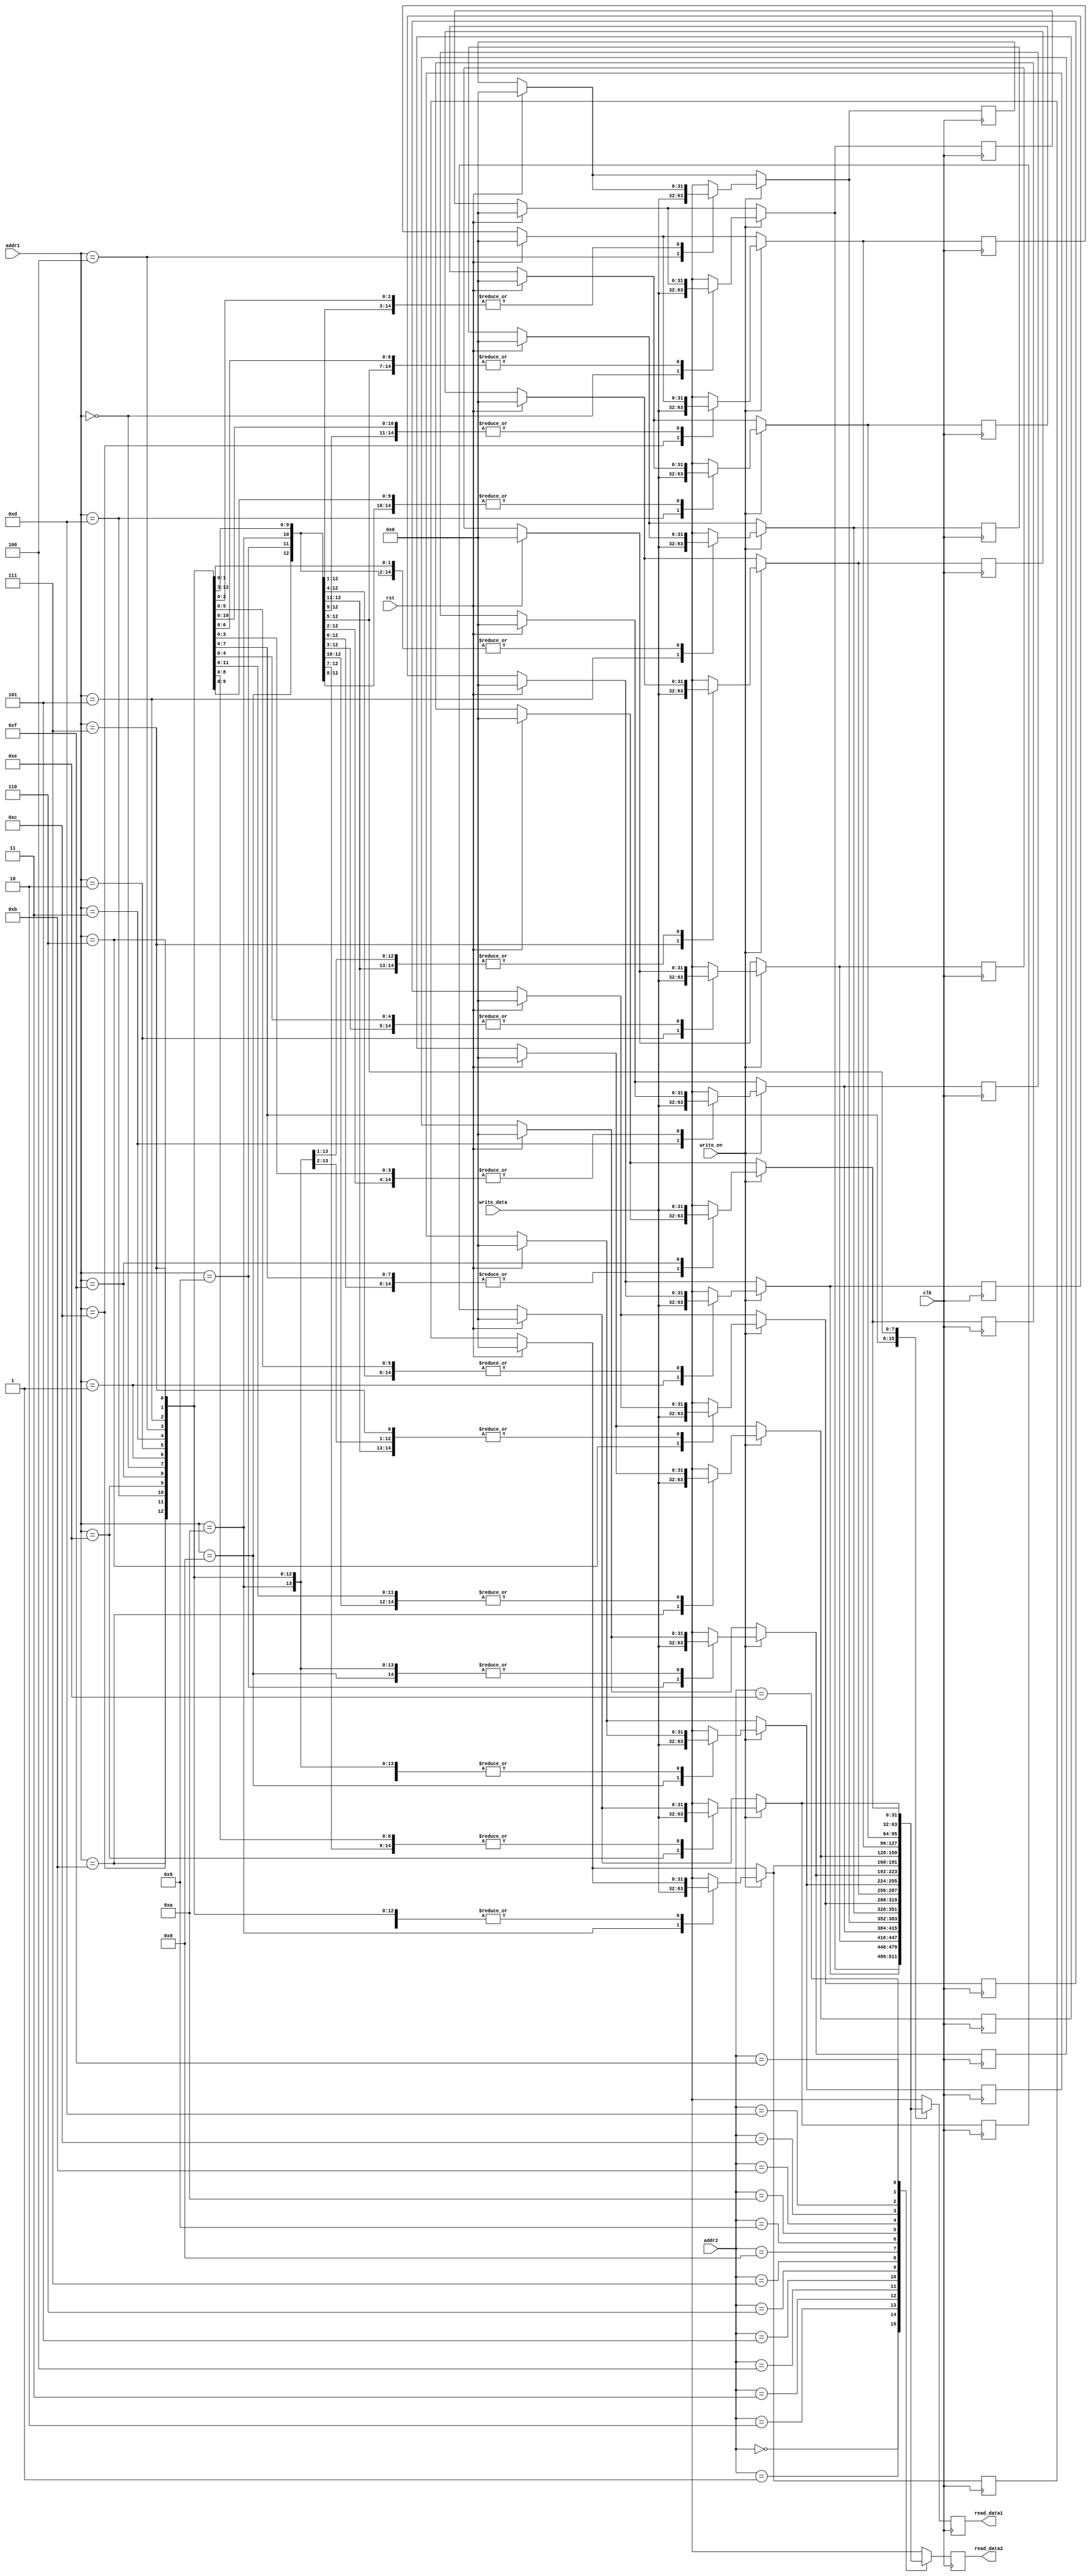
module reg_file(
    input clk,
    input rst,
    input [3:0] addr1,
    input [3:0] addr2,
    input write_en,
    input [31:0] write_data,
    output reg [31:0] read_data1,
    output reg [31:0] read_data2
    );

    reg[31:0] registers [0:15];
    reg[7:0] counter;

    always @(posedge clk) begin
      
         if(rst) begin
            for(counter = 0; counter < 32; counter = counter + 1) begin
                registers[counter] = 0;
            end
            read_data1 = 0;
            read_data2 = 0;
        end

        if(write_en) begin
            registers[addr1] = write_data;
        end

        read_data1 = registers[addr1];
        read_data2 = registers[addr2];

    end
endmodule